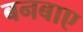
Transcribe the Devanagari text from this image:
बनबाए